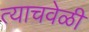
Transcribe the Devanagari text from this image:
त्‍याचवेळी